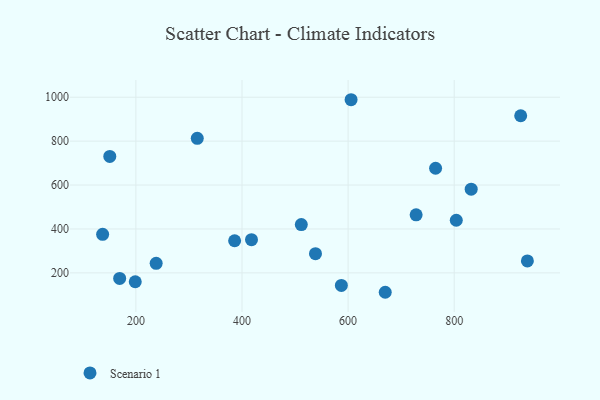
{"axis": {"x": "Ad Spend", "y": "Exam Score"}, "legend": ["Scenario 1"], "data": [{"x": "803.9", "y": 439.7, "type": "Scenario 1"}, {"x": "198.8", "y": 159.6, "type": "Scenario 1"}, {"x": "832.0", "y": 581.4, "type": "Scenario 1"}, {"x": "386.1", "y": 346.2, "type": "Scenario 1"}, {"x": "925.3", "y": 915.7, "type": "Scenario 1"}, {"x": "511.8", "y": 420.0, "type": "Scenario 1"}, {"x": "169.4", "y": 174.9, "type": "Scenario 1"}, {"x": "315.7", "y": 812.6, "type": "Scenario 1"}, {"x": "728.2", "y": 464.4, "type": "Scenario 1"}, {"x": "150.8", "y": 730.2, "type": "Scenario 1"}, {"x": "670.0", "y": 111.6, "type": "Scenario 1"}, {"x": "238.2", "y": 243.4, "type": "Scenario 1"}, {"x": "538.5", "y": 287.4, "type": "Scenario 1"}, {"x": "937.9", "y": 254.6, "type": "Scenario 1"}, {"x": "605.6", "y": 988.6, "type": "Scenario 1"}, {"x": "137.3", "y": 375.4, "type": "Scenario 1"}, {"x": "417.9", "y": 351.0, "type": "Scenario 1"}, {"x": "764.9", "y": 676.6, "type": "Scenario 1"}, {"x": "587.3", "y": 142.7, "type": "Scenario 1"}]}